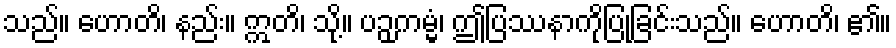
သည်။ ဟောတိ၊ နည်း။ ဣတိ၊ သို့။ ပဉှကမ္မံ၊ ဤပြဿနာကိုပြုခြင်းသည်။ ဟောတိ၊ ၏။